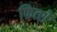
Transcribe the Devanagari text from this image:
फित्शे